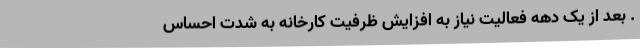
. بعد از یک دهه فعالیت نیاز به افزایش ظرفیت کارخانه به شدت احساس